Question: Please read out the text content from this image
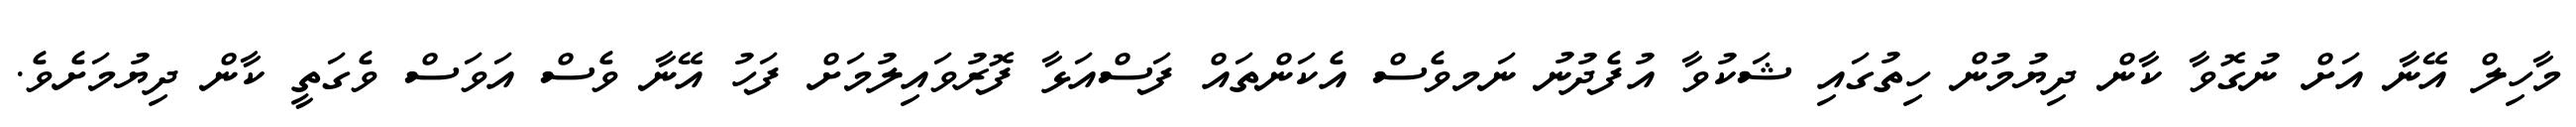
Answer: މާހިލް އޭނާ އަށް ނުގޮވާ ކާން ދިޔުމުން ހިތުގައި ޝަކުވާ އުފެދުނު ނަމވެސް އެކަންތައް ފަސްއަޅާ ފޮރުވައިލުމަށް ފަހު އޭނާ ވެސް އަވަސް ވެގަތީ ކާން ދިޔުމަށެވެ.